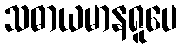
သဓာယမာနရူပေ